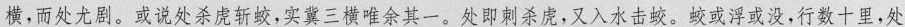
横，而处尤剧。或说处杀虏斩蛟，实冀三横唯余其一。处即刺杀虎，又入水击蛟。蛟或浮或没，行数十里，处